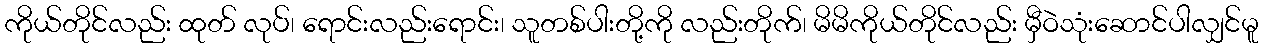
ကိုယ်တိုင်လည်း ထုတ် လုပ်၊ ရောင်းလည်းရောင်း၊ သူတစ်ပါးတို့ကို လည်းတိုက်၊ မိမိကိုယ်တိုင်လည်း မှီဝဲသုံးဆောင်ပါလျှင်မူ